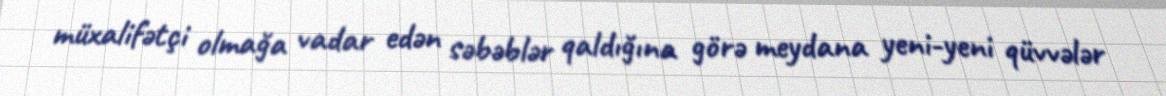
müxalifətçi olmağa vadar edən səbəblər qaldığına görə meydana yeni-yeni qüvvələr